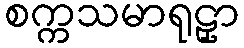
စက္ကသမာရုဠှာ